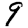
Digit: 9